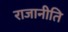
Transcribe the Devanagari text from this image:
राजानीति